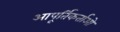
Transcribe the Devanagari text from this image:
आपूर्तिकर्ताओ